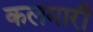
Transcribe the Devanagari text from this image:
कलमारी